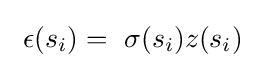
~\epsilon (s_{i})=~\sigma (s_{i})z(s_{i})